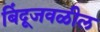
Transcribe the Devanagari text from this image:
बिंदूजवळील